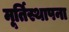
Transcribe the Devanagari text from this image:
मूर्तिस्थापना